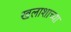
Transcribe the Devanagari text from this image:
खलाशाच्या